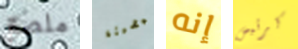
ملصق المضيئة إنه كرئيس